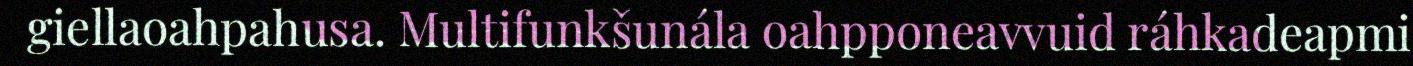
giellaoahpahusa. Multifunkšunála oahpponeavvuid ráhkadeapmi